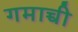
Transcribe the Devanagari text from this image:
गमाच्ची